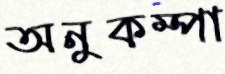
অনুকম্পা